Insane asylums in Bengal annual reports 1876-1887 - 1876-1887
Year: 1876
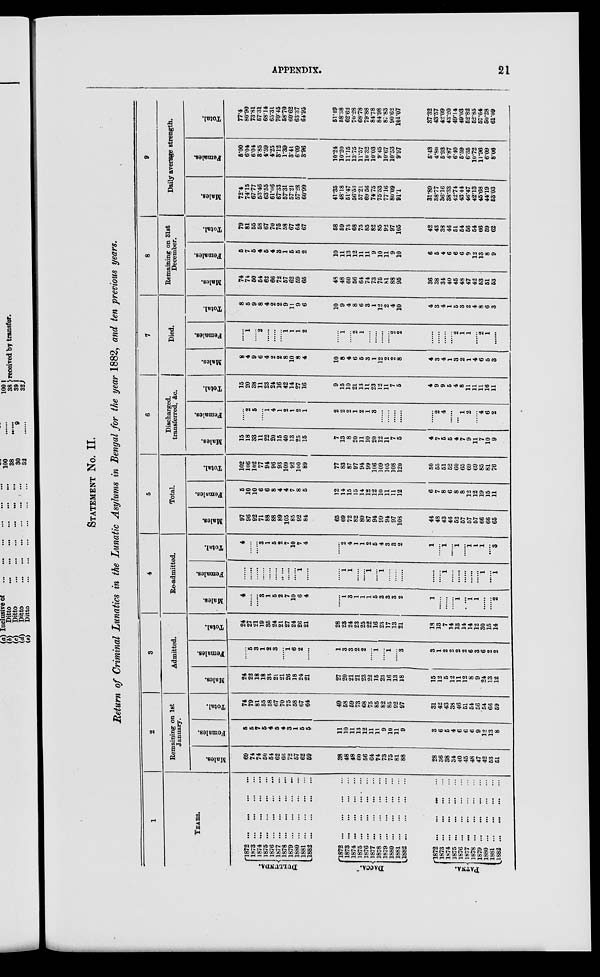
APPENDIX.
21
STATEMENT No. II.
Return of Criminal Lunatics in the Lunatic Asylums in Bengal for the year 1882, and ten previous years.
1
YEARS.
DULLUNDA.
DACCA.
PATNA.
1872
...
...
...
...
1873
...
...
...
...
1874
...
...
...
...
1875
...
...
...
...
1876
...
...
...
...
1877
...
...
...
...
1878
...
...
...
...
1879
...
...
...
...
1880
...
...
...
...
1881
...
...
...
...
1882
...
...
...
...
1872
...
...
...
...
1873
...
...
...
...
1874
...
...
...
...
1875
...
...
...
...
1876
...
...
...
...
1877
...
...
...
...
1878
...
...
...
...
1879
...
...
...
...
1880
...
...
...
...
1881
...
...
...
...
1882
...
...
...
...
1872 ... ... ... ...
1873
...
...
...
...
1874
...
...
...
...
1875
...
...
...
...
1876
...
...
...
...
1877
...
...
...
...
1878
...
...
...
...
1879
...
...
...
...
1880
...
...
...
...
1881
...
...
...
...
1882
...
...
...
...
2
Remaining on 1st
January.
Males.
69
74
74
50
54
62
66
72
57
62
59
38
48
48
60
56
64
74
73
75
81
88
28
36
38
34
40
45
48
47
42
53
51
Females.
5
5
7
5
4
5
4
3
1
5
5
11
10
11
13
12
11
11
9
10
11
9
3
6
5
4
6
6
6
9
12
13
8
Total.
74
79
81
55
58
67
70
75
58
67
64
49
58
59
73
68
75
85
82
85
92
97
31
42
43
38
46
51
54
56
54
66
59
3
Admitted.
Males.
24
22
18
18
33
21
21
26
18
24
21
27
20
21
21
23
22
15
23
16
13
18
15
12
5
12
11
12
8
9
24
13
12
Females.
......
5
3
1
2
3
......
1
6
2
......
1
3
3
2
2
......
1
......
1
......
3
3
1
2
2
2
2
6
3
6
2
2
Total.
24
27
21
19
35
24
21
27
24
26
21
28
23
24
23
25
22
16
23
17
13
21
18
13
7
14
13
14
14
12
30
15
14
4
Re-admitted.
Males.
4
......
......
3
1
5
2
7
10
6
4
......
1
3
1
1
1
5
3
3
3
2
1
......
......
......
1
......
1
1
......
......
2
Females.
......
......
......
......
......
......
......
......
......
1
......
......
1
1
......
......
1
......
1
......
......
......
......
......
1
......
......
......
......
......
1
......
1
Total.
4
......
......
3
1
5
2
7
10
7
4
......
2
4
1
1
2
5
4
3
3
2
1
......
1
......
1
......
1
1
1
......
3
5
Total.
Males.
97
96
92
71
88
88
89
105
85
92
84
65
69
72
82
80
87
94
99
94
97
103
44
48
43
46
52
57
57
57
66
66
65
Females.
5
10
10
6
6
8
4
4
7
8
5
12
14
15
15
14
12
12
10
11
11
12
6
7
8
6
8
8
12
12
19
15
11
Total.
102
106
102
77
94
96
93
109
92
100
89
77
83
87
97
94
99
106
109
105
108
120
50
55
51
52
60
65
69
69
85
81
76
6
Discharged,
transferred, &c.
Males.
15
18
33
11
22
20
15
40
13
25
15
7
13
8
20
11
10
20
12
11
7
5
4
7
5
5
4
7
9
11
7
10
9
Females.
......
2
5
......
1
4
1
2
1
2
1
2
2
2
1
2
1
3
......
......
......
......
......
2
4
......
......
1
2
......
4
6
2
Total.
15
20
38
11
23
24
16
42
14
27
16
9
15
10
21
13
11
23
12
11
7
5
4
9
9
5
4
8
11
11
11
16
11
7
Died.
Males.
8
4
9
6
4
2
2
8
10
8
4
10
8
4
6
5
3
1
12
2
2
8
4
3
4
1
3
2
1
4
6
5
3
Females.
......
1
......
2
......
......
......
1
1
1
2
......
1
......
2
1
......
......
......
......
2
2
......
......
......
......
2
1
1
......
2
1
......
Total.
8
5
9
8
4
2
2
9
11
9
6
10
9
4
8
6
3
1
12
2
4
10
4
3
4
1
5
3
2
4
8
6
3
8
Remaining on 31st
December.
Males.
74
74
50
54
62
66
72
57
62
59
65
48
48
60
56
64
74
73
75
81
88
95
36
38
34
40
45
48
47
42
53
51
53
Females.
5
7
5
4
5
4
3
1
5
5
2
10
11
13
12
11
11
9
10
11
9
10
6
5
4
6
6
6
9
12
13
8
9
Total.
79
81
55
58
67
70
75
58
67
64
67
58
59
73
68
75
85
82
85
92
97
105
42
43
38
46
51
54
56
54
66
59
62
9
Daily average strength.
Males.
72.4
74.15
67.77
53.46
63.55
61.06
67.33
57.31
57.21
57.28
60.99
41.35
48.18
51.47
56.53
57.21
69.56
74.75
75.53
77.16
80.09
91.1
31.89
38.77
36.16
38.33
42.74
43.44
46.47
42.13
45.68
44.19
53.03
Females.
5.00
6.04
6.04
3.85
4.59
4.25
3.12
1.39
3.41
6.09
3.96
10.24
10.20
11.15
13.75
11.57
10.32
10.03
9.45
10.67
10.53
9.97
5.43
4.80
5.93
4.87
6.40
5.59
6.35
10.72
11.96
6.09
8.06
Total.
77.4
80.90
73.81
57.31
68.14
65.31
70.45
58.70
60.62
63.37
64.95
51.49
58.38
62.62
70.28
68.78
79.88
84.78
84.98
87.83
90.62
101.07
37.32
43.57
42.09
43.20
49.14
49.03
52.82
52.85
57.64
50.28
61.09